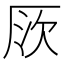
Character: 𠩗